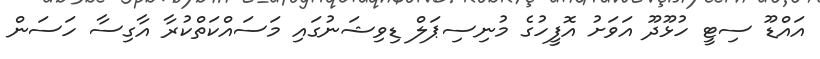
އައްޑޫ ސިޓީ ހުޅޫދޫ އަވަށު އޮފީހުގެ މުނިސިޕަލް ޑިވިޝަނުގައި މަސައްކަތްކުރާ އާގިސާ ހަސަން